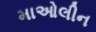
માઓલીન